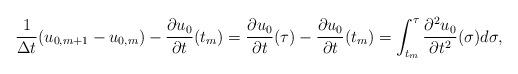
LaTeX: \begin{align*}{1\over\Delta t}(u_{0,m+1}-u_{0,m})-{\partial u_0\over\partial t}(t_m)={\partial u_0\over\partial t}(\tau)-{\partial u_0\over\partial t}(t_m)=\int_{t_m}^\tau{\partial^2u_0\over\partial t^2}(\sigma)d\sigma,\end{align*}